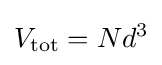
V_{\text{tot}}=Nd^{3}